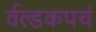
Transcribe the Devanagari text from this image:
र्वल्डकपचं